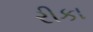
રીકા